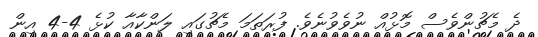
ދެ މެޗުންވެސް މޮޅުއް ނުވެވުނެވެ. ފުރަތަމަ މެޗުގައި ލަންކާއާ ކުޅެ 4-4 އިން